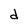
Character: d